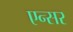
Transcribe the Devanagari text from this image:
एन्सर